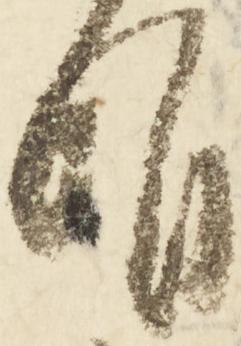
明